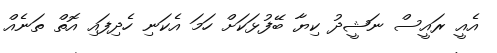
އެއީ ރައީސް ނަޝީދު ކިޔާ ބޭފުޅަކަށް ހަމަ އެކަނި ހެދިފައި އޮތް ތަނެއް